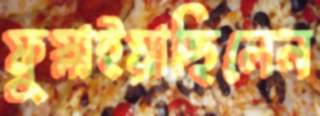
ফুস্‌লাইয়াছিলেন